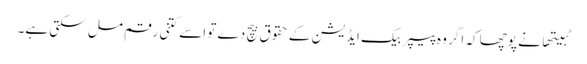
ٹبیتھا نے پوچھا کہ اگر وہ پیپر بیک ایڈیشن کے حقوق بیچ دے تو اسے کتنی رقم مل سکتی ہے۔